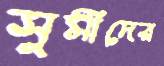
সুমীদের